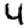
Digit: 4